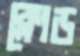
ক্লোড